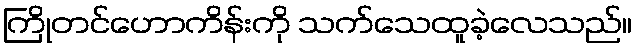
ကြိုတင်ဟောကိန်းကို သက်သေထူခဲ့လေသည်။